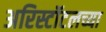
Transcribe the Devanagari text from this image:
अरिस्टॉटलच्या